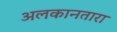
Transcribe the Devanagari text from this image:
अलकानतारा